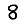
Digit: 8